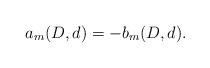
LaTeX: \begin{align*} a_m(D,d) = -b_m(D,d).\end{align*}